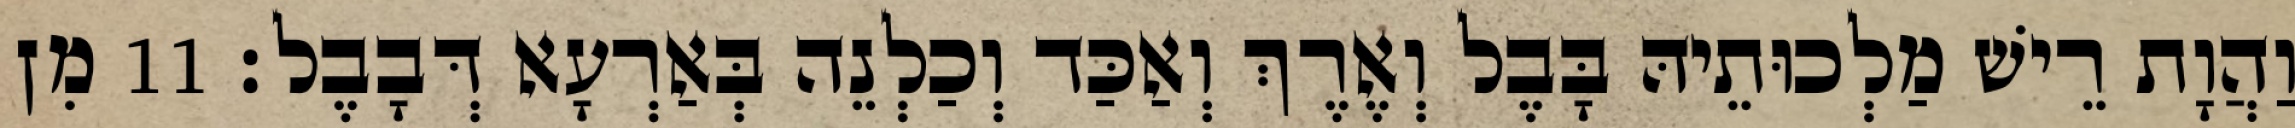
וַהֲוָת רֵישׁ מַלְכוּתֵיהּ בָּבֶל וְאֶרֶךְ וְאַכַּד וְכַלְנֵה בְּאַרְעָא דְּבָבֶל׃ 11 מִן